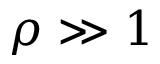
\rho \gg 1